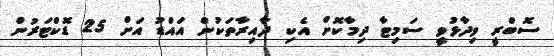
ސޮބްރީ ވިދާޅުވީ ސަމިޓާ ދިމާކޮށް އެކި ދާއިރާތަކުން އައްޑު އަށް 25 ޑޮކްޓަރުން